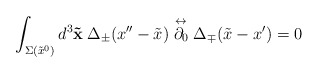
\begin{align*}\int_{\Sigma(\tilde{x}^0)} d^3 {\bf \tilde{x}} \hspace{0.25em}\Delta_{\pm}(x''-\tilde{x}) \stackrel{\leftrightarrow}{\partial_0}\Delta_{\mp}(\tilde{x}-x') =0\end{align*}